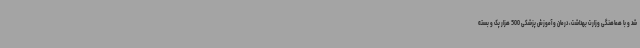
شد و با هماهنگی وزارت بهداشت، درمان و آموزش پزشکی 500 هزار پک و بسته